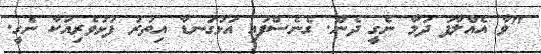
"ވާ އެއްލާފަ ދަމާ ނެގީ ދެން. ގެނެސްފައި އަޅުގަނޑާ އިތުުރު ފަޅުވެރިއަކާ ނެގީ.